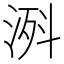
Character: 𣷊